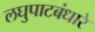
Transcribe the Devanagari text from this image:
लघुपाटबंधारे